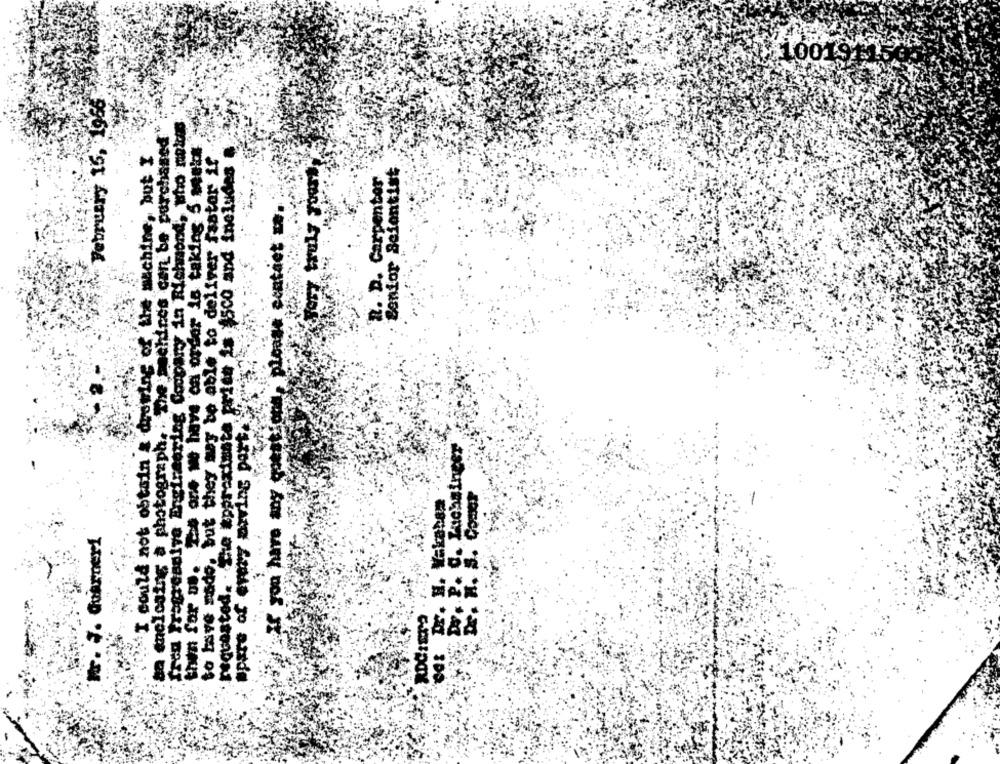
100194
Senior Scientist
R. D. Carpenter
det
996T IST Amigos
J. Guarneri